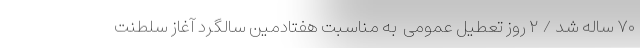
۷۰ ساله شد / ۲ روز تعطیل عمومی ‌ به مناسبت هفتادمین سالگرد آغاز سلطنت